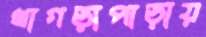
খাগড়াপাড়ায়